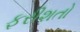
ફરીશતો